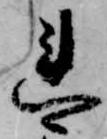
連